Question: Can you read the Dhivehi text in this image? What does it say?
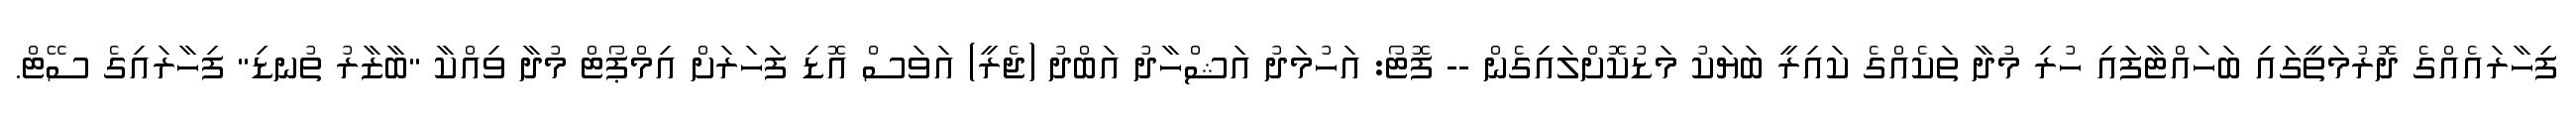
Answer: ފިހާރައެއްގެ ދޮރުމަތީގައި ބަހައްޓާފައި ހުރި މުދާ ތަކެއްގެ ކައިރީ ބަޔަކު މަޑުކޮށްލައިގެން -- ފޮޓޯ: އަހުމަދު އަޝްހާދު އަބްދު (ޖެރީ) އަވަސް އޮޑި ފަހަރަށް އިމްޕޯޓް މުދާ ވިއްކާ "ބާޒާރު ތުނޑި" ފިހާރައިގެ ސޭޓް.